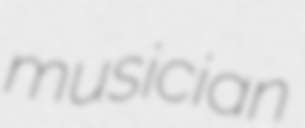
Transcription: musician